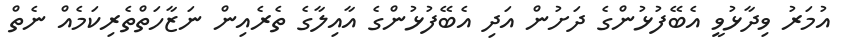
އުމަރު ވިދާޅުވީ އެބޭފުޅުންގެ ދަށުން އަދި އެބޭފުޅުންގެ އާއިލާގެ ތެރެއިން ނަޒާހަތްތެރިކަމެއް ނެތް